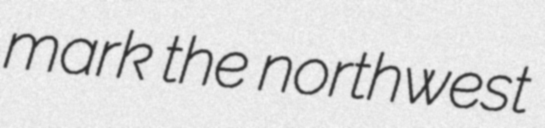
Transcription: mark the northwest